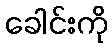
ခေါင်းကို